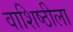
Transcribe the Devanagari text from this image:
वाशिष्ठीला